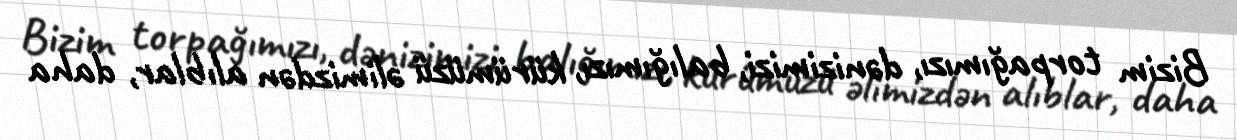
Bizim torpağımızı, dənizimizi, balığımızı, kürümüzü əlimizdən alıblar, daha